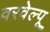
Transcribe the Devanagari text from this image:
वरवेल्पू